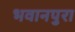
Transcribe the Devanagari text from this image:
भवानपुरा